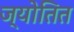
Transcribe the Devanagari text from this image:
ज्योतित